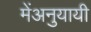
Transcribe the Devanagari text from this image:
मेंअनुयायी